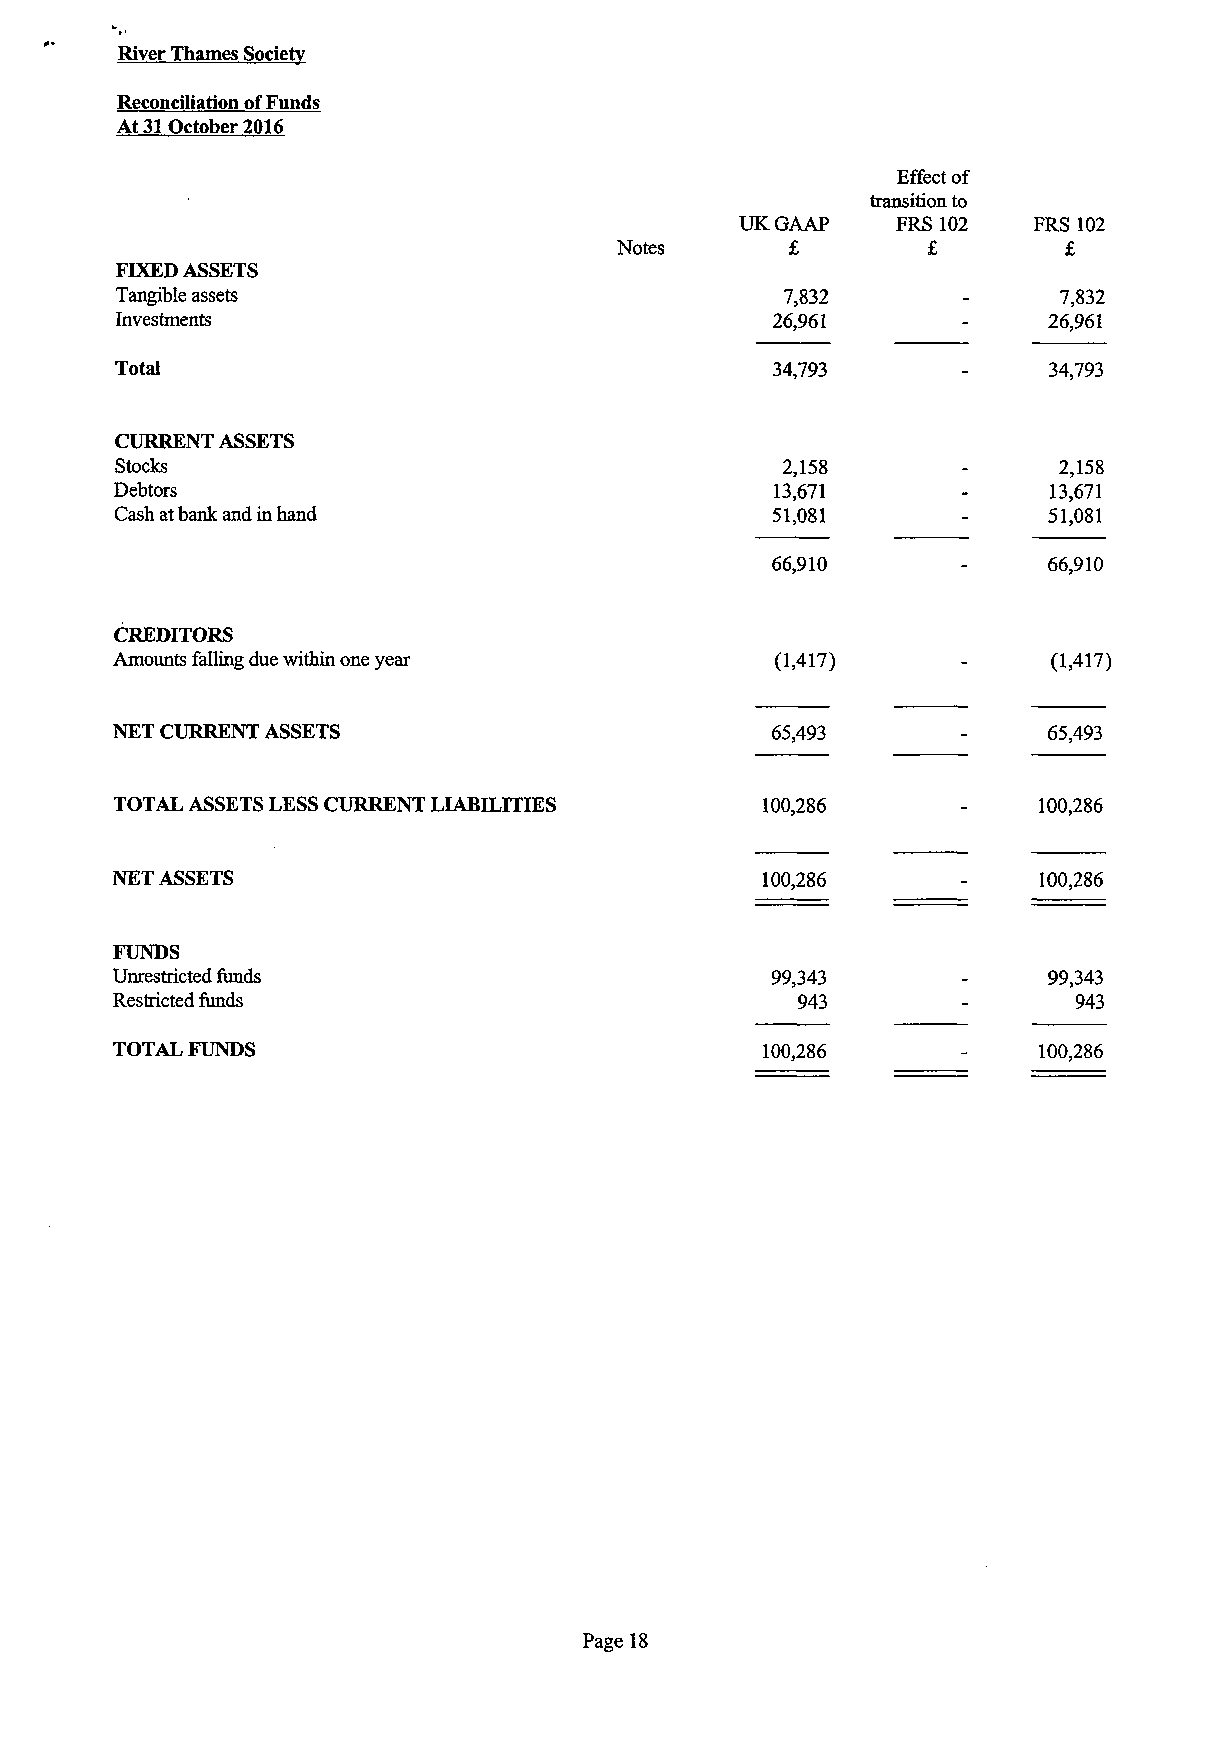
River Thames Society
 Reconciliation of Funds
 At 31 October 2016
 Effect of
 transition to
 UK GAAP   FRS 102   FRS 102
 Notes      £        £         £
 FIXED ASSETS
 Tangible assets                             7,832       -     7,832
 Investments                                26,961       -    26,961
 Total                                      34,793       -    34,793
 CURRENT ASSETS
 Stocks                                      2,158       -     2,158
 Debtors                                    13,671       -    13,671
 Cash at bank and in hand                   51,081       -    51,081
 66,910       -    66,910
 CREDITORS
 (1,417)      -    (1,417)
 Amounts falling due within one year
 65,493       -    65,493
 NET CURRENT ASSETS
 TOTAL ASSETS LESS CURRENT LIABILITIES     100,286       -    100,286
 NET ASSETS                                 100,286       -    100,286
 FUNDS
 Unrestricted funds                          99,343       -    99,343
 Restricted funds                              943        -      943
 TOTAL FUNDS                                100,286       -    100,286
 Page 18